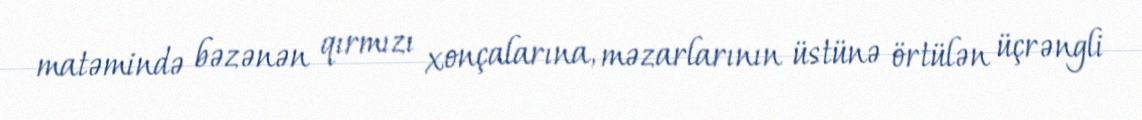
matəmində bəzənən qırmızı xonçalarına, məzarlarının üstünə örtülən üçrəngli